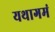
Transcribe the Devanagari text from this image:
यथागमं